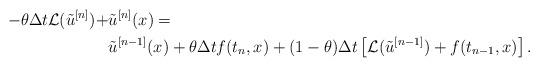
LaTeX: \begin{align*} - \theta \Delta t \mathcal{L}(\tilde{u}^{[n]}) + & \tilde{u}^{[n]} (x) = \\ & \tilde{u}^{[n-1]} (x) + \theta \Delta t f(t_n,x) + (1-\theta) \Delta t \left[ \mathcal{L}(\tilde{u}^{[n-1]}) + f(t_{n-1},x) \right].\end{align*}